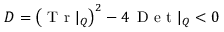
D = \left( \mathrm { ~ T ~ r ~ } | _ { Q } \right) ^ { 2 } - 4 \, \mathrm { ~ D ~ e ~ t ~ } | _ { Q } < 0